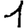
Digit: 1